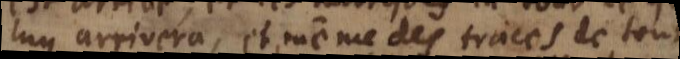
luy arrivera, et même des traces de tout